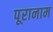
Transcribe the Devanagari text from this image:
पूरानाम